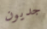
جديون